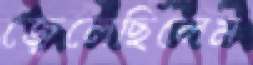
জ্বেলেছিলেম